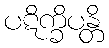
ပဋိက္ခိပန္တိ